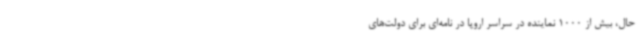
حال، بیش از 1000 نماینده در سراسر اروپا در نامه‌ای برای دولت‌های